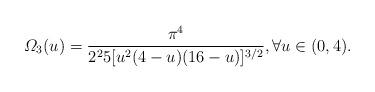
LaTeX: \begin{align*}\varOmega_3(u)=\frac{\pi^{4}}{2^{2}5[u^{2}(4-u) ( 16-u)]^{3/2}},\forall u\in(0,4).\end{align*}